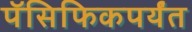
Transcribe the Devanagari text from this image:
पॅसिफिकपर्यंत